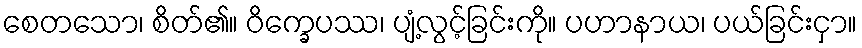
စေတသော၊ စိတ်၏။ ဝိက္ခေပဿ၊ ပျံ့လွင့်ခြင်းကို။ ပဟာနာယ၊ ပယ်ခြင်းငှာ။